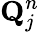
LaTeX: \mathbf{Q}_{j}^{n}